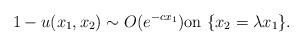
LaTeX: \begin{align*}1-u(x_1,x_2)\sim O(e^{-cx_1})\mbox{on}\ \{x_2=\lambda x_1\}.\end{align*}